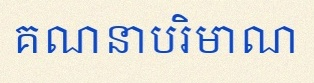
គណនាបរិមាណ